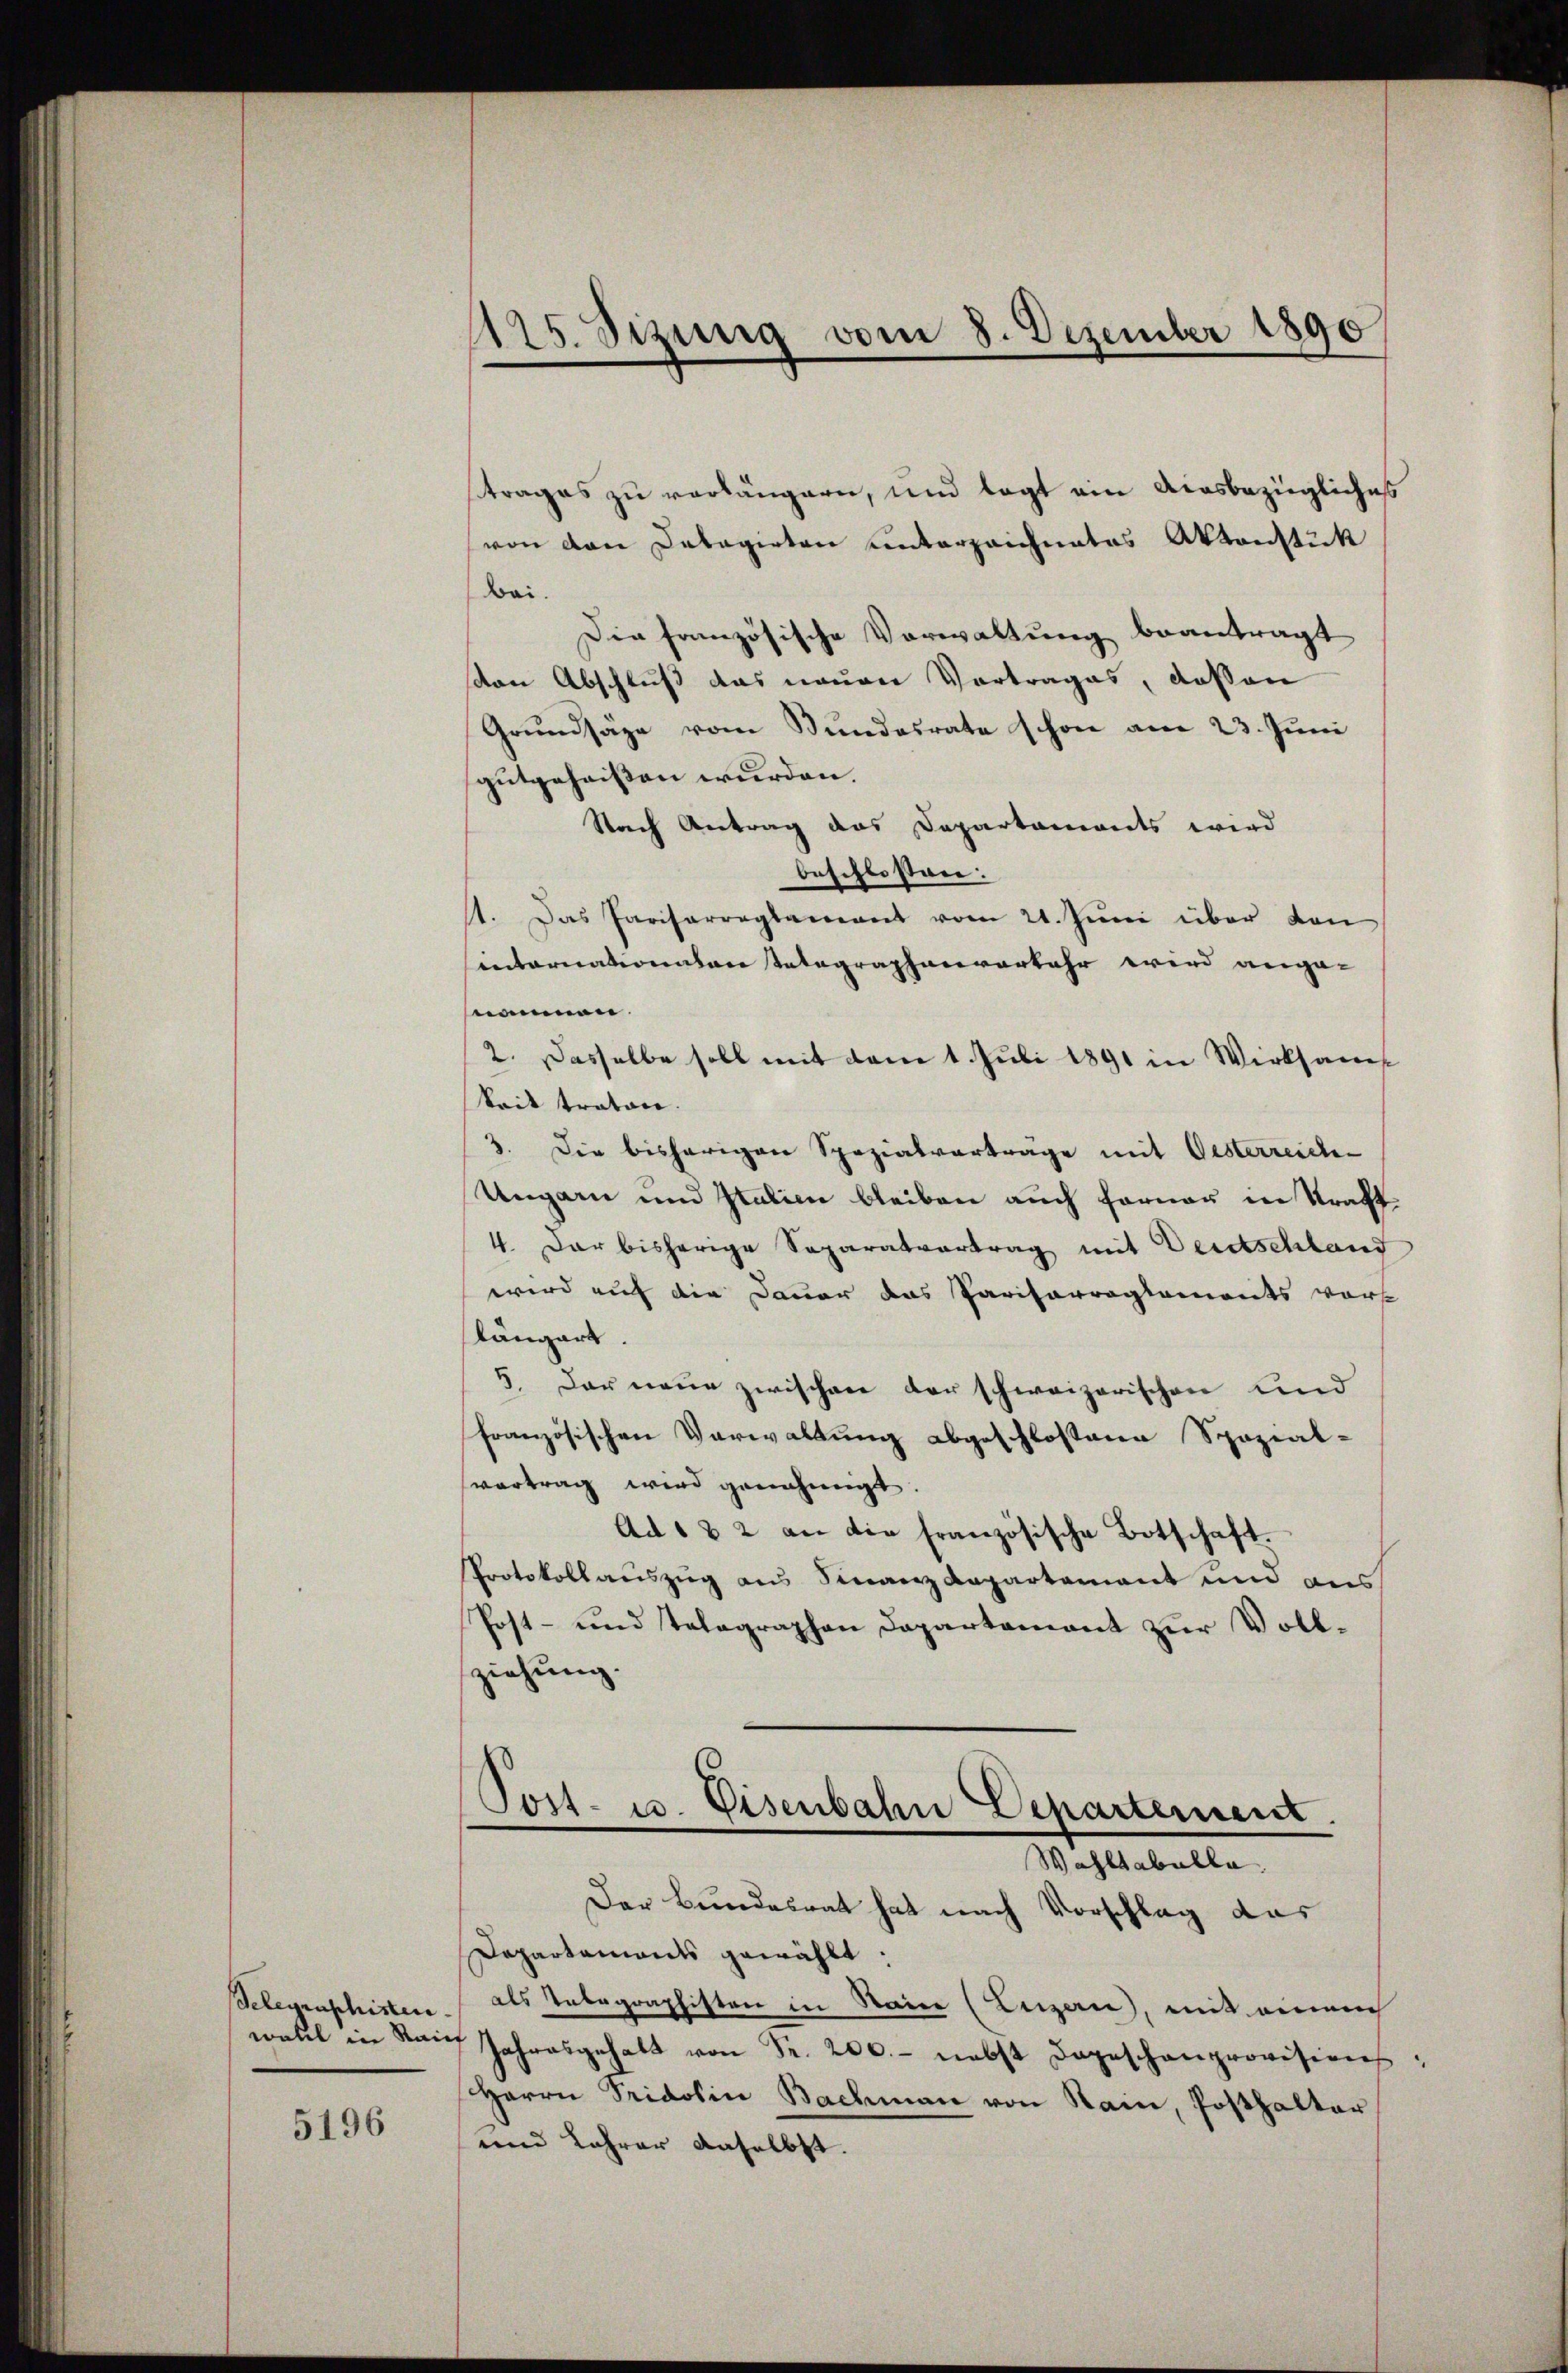
Belegraphisten.

5196

trages zu verlängern, und legt ein Ausbezügliches
von den Debagirten unterzeichnetes Aktenstück
Bai.
Die französische Vorwaltung beantragt
von Abschluß das neuen Vortrages, dassen
Grundsäge vom Bundesrate schon am 23. Juni
gutgeheißen wurden.
Nach Antrag das Departaments wird
beschlosten:
st. Das Parisarreglement vom 21. Jŭni über von
sinternationen Tatagraphenverkehr wird ange-
nomnen.
2. Dasselbe soll mit dem 1. Juli 1891 in Wirksams
keit trator.
3. Die bisherigen Spezialverträge mit Oesterreich-
Ungarn und Italien bleiben auch ferner in Straft¬
4. Dar bisherige Separatvertrag mit Deutschland
wird auf die Dauer das Pariserreglements vors
längert.
5. Der neue zwischen der schweizerischen und
französischen Verwaltung abgeschlossene Spozial-
svortrag wird genehmigt.
Ad 1 & 2 an die französische Botschaft.
Protokollauszug aus Finanz Repartement und aus
Post- und Telegraphen Departement zur Vollziehung.

1125. Sizung vom 8. Dezember 1890

Post- u. Eisenbahn Departement.
Wählstabelle.

Der Bundesrat hat nach Vorschlag das
Departaments gewählt.
als Unbegraphisten in Rain (Luzern, mit einem
wahl in Kan Jahresgehalt von Fr. 200.- nebst dageschanprovisions¬
Herrn Pridolin Bachmann von Rain, Posthalter
und Lehrer Anselbst.